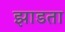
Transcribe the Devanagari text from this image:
झाडता